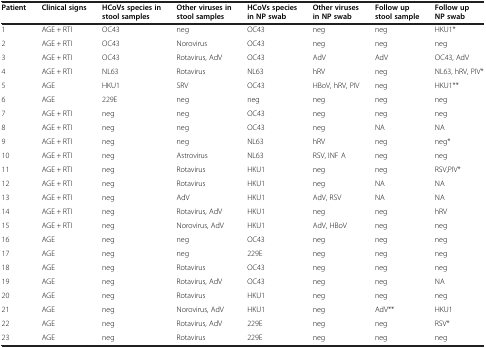
<table><thead><tr><td><b>Patient</b></td><td><b>Clinical signs</b></td><td><b>HCoVs species in stool samples</b></td><td><b>Other viruses in stool samples</b></td><td><b>HCoVs species in NP swab</b></td><td><b>Other viruses in NP swab</b></td><td><b>Follow up stool sample</b></td><td><b>Follow up NP swab</b></td></tr></thead><tbody><tr><td>1</td><td>AGE + RTI</td><td>OC43</td><td>neg</td><td>OC43</td><td>neg</td><td>neg</td><td>HKU1*</td></tr><tr><td>2</td><td>AGE + RTI</td><td>OC43</td><td>Norovirus</td><td>OC43</td><td>neg</td><td>neg</td><td>neg</td></tr><tr><td>3</td><td>AGE + RTI</td><td>OC43</td><td>Rotavirus, AdV</td><td>OC43</td><td>AdV</td><td>AdV</td><td>OC43, AdV</td></tr><tr><td>4</td><td>AGE + RTI</td><td>NL63</td><td>Rotavirus</td><td>NL63</td><td>hRV</td><td>neg</td><td>NL63, hRV, PIV*</td></tr><tr><td>5</td><td>AGE</td><td>HKU1</td><td>SRV</td><td>OC43</td><td>HBoV, hRV, PIV</td><td>neg</td><td>HKU1**</td></tr><tr><td>6</td><td>AGE</td><td>229E</td><td>neg</td><td>neg</td><td>neg</td><td>neg</td><td>neg</td></tr><tr><td>7</td><td>AGE + RTI</td><td>neg</td><td>neg</td><td>OC43</td><td>neg</td><td>neg</td><td>neg</td></tr><tr><td>8</td><td>AGE + RTI</td><td>neg</td><td>neg</td><td>OC43</td><td>neg</td><td>NA</td><td>NA</td></tr><tr><td>9</td><td>AGE + RTI</td><td>neg</td><td>neg</td><td>NL63</td><td>hRV</td><td>neg</td><td>neg*</td></tr><tr><td>10</td><td>AGE + RTI</td><td>neg</td><td>Astrovirus</td><td>NL63</td><td>RSV, INF A</td><td>neg</td><td>neg</td></tr><tr><td>11</td><td>AGE + RTI</td><td>neg</td><td>Rotavirus</td><td>HKU1</td><td>neg</td><td>neg</td><td>RSV,PIV*</td></tr><tr><td>12</td><td>AGE + RTI</td><td>neg</td><td>Rotavirus</td><td>HKU1</td><td>neg</td><td>NA</td><td>NA</td></tr><tr><td>13</td><td>AGE + RTI</td><td>neg</td><td>AdV</td><td>HKU1</td><td>AdV, RSV</td><td>NA</td><td>NA</td></tr><tr><td>14</td><td>AGE + RTI</td><td>neg</td><td>Rotavirus, AdV</td><td>HKU1</td><td>neg</td><td>neg</td><td>hRV</td></tr><tr><td>15</td><td>AGE + RTI</td><td>neg</td><td>Norovirus, AdV</td><td>HKU1</td><td>AdV, HBoV</td><td>neg</td><td>neg</td></tr><tr><td>16</td><td>AGE</td><td>neg</td><td>neg</td><td>OC43</td><td>neg</td><td>neg</td><td>neg</td></tr><tr><td>17</td><td>AGE</td><td>neg</td><td>neg</td><td>229E</td><td>neg</td><td>neg</td><td>neg</td></tr><tr><td>18</td><td>AGE</td><td>neg</td><td>Rotavirus</td><td>OC43</td><td>neg</td><td>neg</td><td>neg</td></tr><tr><td>19</td><td>AGE</td><td>neg</td><td>Rotavirus, AdV</td><td>OC43</td><td>neg</td><td>neg</td><td>NA</td></tr><tr><td>20</td><td>AGE</td><td>neg</td><td>Rotavirus</td><td>HKU1</td><td>neg</td><td>neg</td><td>neg</td></tr><tr><td>21</td><td>AGE</td><td>neg</td><td>Norovirus, AdV</td><td>HKU1</td><td>neg</td><td>AdV**</td><td>HKU1</td></tr><tr><td>22</td><td>AGE</td><td>neg</td><td>Rotavirus, AdV</td><td>229E</td><td>neg</td><td>neg</td><td>RSV*</td></tr><tr><td>23</td><td>AGE</td><td>neg</td><td>Rotavirus</td><td>229E</td><td>neg</td><td>neg</td><td>neg</td></tr></tbody></table>